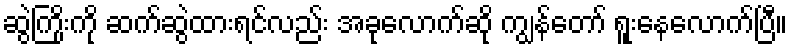
ဆွဲကြိုးကို ဆက်ဆွဲထားရင်လည်း အခုလောက်ဆို ကျွန်တော် ရူးနေလောက်ပြီ။